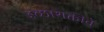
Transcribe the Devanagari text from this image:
इच्छाशक्तीने